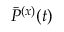
\bar { P } ^ { ( x ) } ( t )